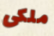
ملكى